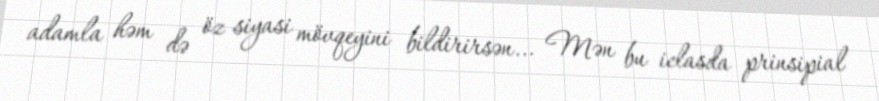
adamla həm də öz siyasi mövqeyini bildirirsən... Mən bu iclasda prinsipial